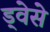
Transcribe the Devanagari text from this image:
ड्वेसे